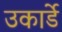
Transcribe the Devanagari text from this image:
उकार्डे